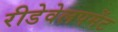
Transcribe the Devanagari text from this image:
रीडेवेलपमेंट